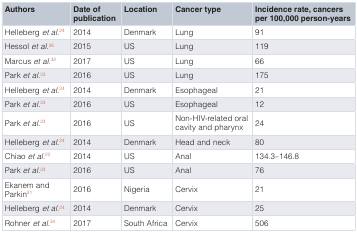
<table><thead><tr><td><b>Authors</b></td><td><b>Date ofpublication</b></td><td><b>Location</b></td><td><b>Cancer type</b></td><td><b>Incidence rate, cancersper 100,000 person-years</b></td></tr></thead><tbody><tr><td>Helleberg<i>et al</i>.<sup>24</sup></td><td>2014</td><td>Denmark</td><td>Lung</td><td>91</td></tr><tr><td>Hessol<i>et al</i>.<sup>26</sup></td><td>2015</td><td>US</td><td>Lung</td><td>119</td></tr><tr><td>Marcus<i>et al</i>.<sup>32</sup></td><td>2017</td><td>US</td><td>Lung</td><td>66</td></tr><tr><td>Park<i>et al</i>.<sup>23</sup></td><td>2016</td><td>US</td><td>Lung</td><td>175</td></tr><tr><td>Helleberg<i>et al</i>.<sup>24</sup></td><td>2014</td><td>Denmark</td><td>Esophageal</td><td>21</td></tr><tr><td>Park<i>et al</i>.<sup>23</sup></td><td>2016</td><td>US</td><td>Esophageal</td><td>12</td></tr><tr><td>Park<i>et al</i>.<sup>23</sup></td><td>2016</td><td>US</td><td>Non-HIV-related oralcavity and pharynx</td><td>24</td></tr><tr><td>Helleberg<i>et al</i>.<sup>24</sup></td><td>2014</td><td>Denmark</td><td>Head and neck</td><td>80</td></tr><tr><td>Chiao<i>et al</i>.<sup>22</sup></td><td>2014</td><td>US</td><td>Anal</td><td>134.3–146.8</td></tr><tr><td>Park<i>et al</i>.<sup>23</sup></td><td>2016</td><td>US</td><td>Anal</td><td>76</td></tr><tr><td>Ekanem andParkin<sup>31</sup></td><td>2016</td><td>Nigeria</td><td>Cervix</td><td>21</td></tr><tr><td>Helleberg<i>et al</i>.<sup>24</sup></td><td>2014</td><td>Denmark</td><td>Cervix</td><td>25</td></tr><tr><td>Rohner<i>et al</i>.<sup>34</sup></td><td>2017</td><td>South Africa</td><td>Cervix</td><td>506</td></tr></tbody></table>